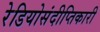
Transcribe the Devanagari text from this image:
रेडियोसंदीप्तिकारी